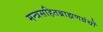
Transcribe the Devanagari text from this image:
मन्त्रसहितब्राह्मणग्रंथों